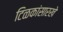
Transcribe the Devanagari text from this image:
टिळकांसारखे